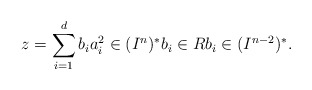
\begin{align*} z= \sum_{i=1}^d b_ia_i^2\in (I^{n})^* b_i\in R b_i\in (I^{n-2})^*.\end{align*}